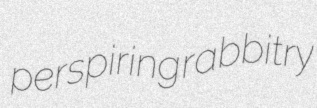
perspiring rabbitry